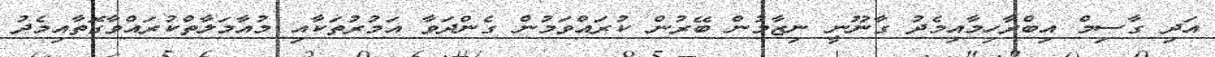
އަދި ގާސިމް އިބްރާހިމާއިމެދު ގާނޫނީ ނިޒާމުން ބޭރުން ކުރައްވަމުން ގެންދަވާ އަމުރުތަކާއި މުއާމަލާތްކުރައްވާގޮތާއިމެދު